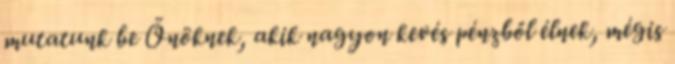
mutatunk be Önöknek, akik nagyon kevés pénzből élnek, mégis